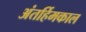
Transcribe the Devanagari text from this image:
अंतर्हिमकाल